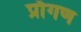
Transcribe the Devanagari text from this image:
प्राँगण